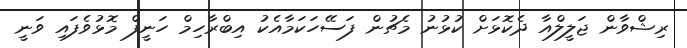
ރިޝްވާން ޖަލީލްއާ ދެކޮޅަށް ކުޅުނު މެޗުން ފަސޭހަކަމާއެކު އިބްރާހިމް ހަނީފް މޮޅުވެފައި ވަނީ